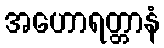
အဟောရတ္တာနံ